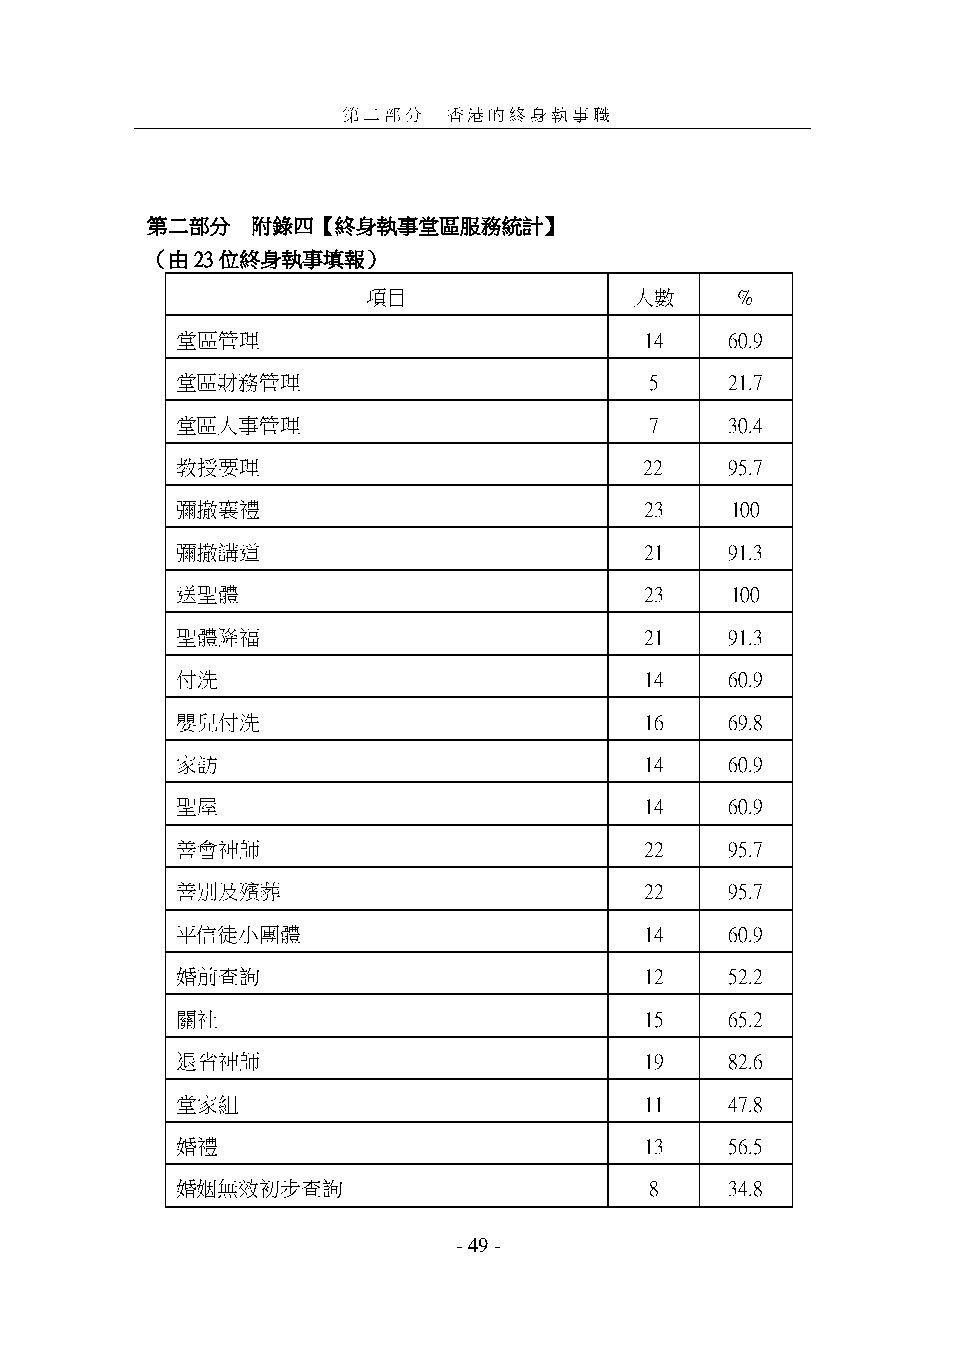
第二部分   香港的終身執事職
 第二部分   附錄四【終身執事堂區服務統計】
 （由23位終身執事填報）
 項目                人數     %
 堂區管理                           14   60.9
 堂區財務管理                         5    21.7
 堂區人事管理                         7    30.4
 教授要理                           22   95.7
 彌撒襄禮                           23   100
 彌撒講道                           21   91.3
 送聖體                            23   100
 聖體降福                           21   91.3
 付洗                             14   60.9
 嬰兒付洗                           16   69.8
 家訪                             14   60.9
 聖屋                             14   60.9
 善會神師                           22   95.7
 善別及殯葬                          22   95.7
 平信徒小團體                         14   60.9
 婚前查詢                           12   52.2
 關社                             15   65.2
 退省神師                           19   82.6
 堂家組                            11   47.8
 婚禮                             13   56.5
 婚姻無效初步查詢                       8    34.8
 - 49 -